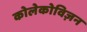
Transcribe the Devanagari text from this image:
कोलेकोविज़न